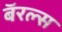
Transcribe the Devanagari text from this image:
बॅरल्स